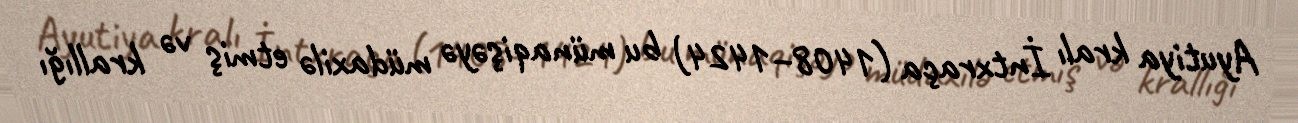
Ayutiya kralı İntxraça (1408–1424) bu münaqişəyə müdaxilə etmiş və krallığı